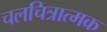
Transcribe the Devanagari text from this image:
चलचित्रात्मक